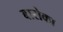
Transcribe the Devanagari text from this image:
बारोका